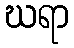
ဃရာ